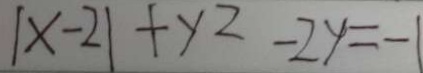
\vert x - 2 \vert + y ^ { 2 } - 2 y = - 1